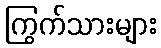
ကြွက်သားများ